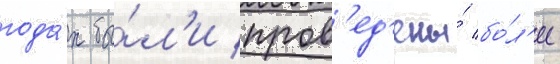
года́х бы́л'и пров'ед'ены́ бо́л'ее